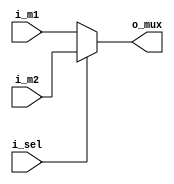
`timescale 1ns / 1ps
//////////////////////////////////////////////////////////////////////////////////
// Company: 
// Engineer: 
// 
// Design Name: 
// Module Name: MUX_ALU
// Project Name: 
// Target Devices: 
// Tool Versions: 
// Description: 
// 
// Dependencies: 
// 
// Revision:
// Revision 0.01 - File Created
// Additional Comments:
// 
//////////////////////////////////////////////////////////////////////////////////

`define WIDTH_MUX_ALU 32
module MUX_ALU(i_m1 , i_m2 , i_sel  , o_mux );
input [`WIDTH_MUX_ALU-1:0] i_m1 , i_m2 ;
input i_sel ;
output [`WIDTH_MUX_ALU -1:0] o_mux ;
//selects inputs from rd2 from reg_file if i_sel =0 else selects 32 bit sign extended from instr.. 15-0 for [I-TYPE Operation like LW, SW)
assign o_mux = i_sel? i_m2 : i_m1 ;

endmodule